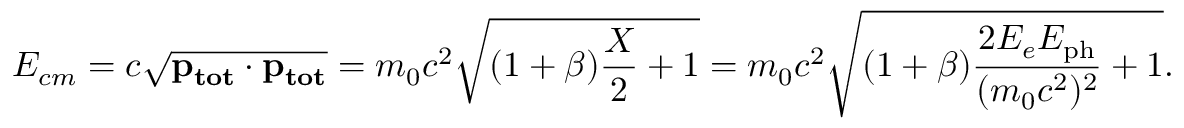
E _ { c m } = c \sqrt { \mathbf { p _ { t o t } } \cdot \mathbf { p _ { t o t } } } = m _ { 0 } c ^ { 2 } \sqrt { ( 1 + \beta ) \frac { X } { 2 } + 1 } = m _ { 0 } c ^ { 2 } \sqrt { ( 1 + \beta ) \frac { 2 E _ { e } E _ { \mathrm { p h } } } { ( m _ { 0 } c ^ { 2 } ) ^ { 2 } } + 1 } .